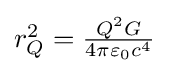
\textstyle r_{Q}^{2}={\frac {Q^{2}G}{4\pi \varepsilon _{0}c^{4}}}